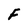
Character: F